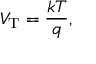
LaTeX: V _ { \mathrm { T } } = { \frac { k T } { q } } ,